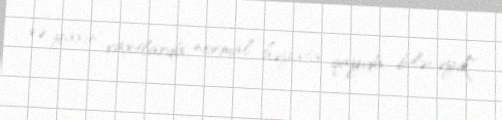
və yaxın vaxtlarda normal həyata qayıda biləcəyik".